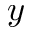
y